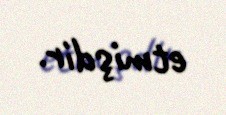
etmişdir.